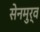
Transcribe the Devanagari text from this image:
सेनमुर्व